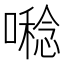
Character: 𡀝